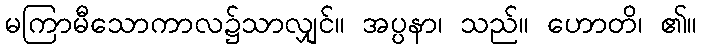
မကြာမီသောကာလ၌သာလျှင်။ အပ္ပနာ၊ သည်။ ဟောတိ၊ ၏။